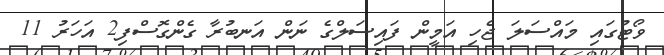
ވޯޓުގައި މައްސަލަ ޖެހި އަމީން ފައިސަލްގެ ނަން އަނބުރާ ގެންގޮސްފި2 އަހަރު 11